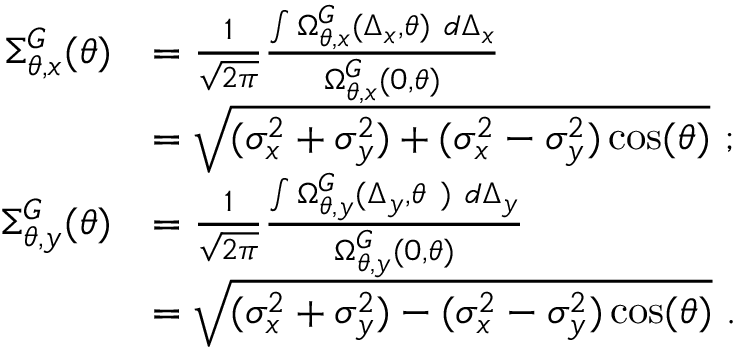
\begin{array} { r l } { \Sigma _ { \theta , x } ^ { G } ( \theta ) } & { = \frac { 1 } { \sqrt { 2 \pi } } \frac { \int \Omega _ { \theta , x } ^ { G } ( \Delta _ { x } , \theta ) \ d \Delta _ { x } } { \Omega _ { \theta , x } ^ { G } ( 0 , \theta ) } } \\ & { = \sqrt { ( \sigma _ { x } ^ { 2 } + \sigma _ { y } ^ { 2 } ) + ( \sigma _ { x } ^ { 2 } - \sigma _ { y } ^ { 2 } ) \cos ( \theta ) } \ ; } \\ { \Sigma _ { \theta , y } ^ { G } ( \theta ) } & { = \frac { 1 } { \sqrt { 2 \pi } } \frac { \int \Omega _ { \theta , y } ^ { G } ( \Delta _ { y } , \theta \ ) \ d \Delta _ { y } } { \Omega _ { \theta , y } ^ { G } ( 0 , \theta ) } } \\ & { = \sqrt { ( \sigma _ { x } ^ { 2 } + \sigma _ { y } ^ { 2 } ) - ( \sigma _ { x } ^ { 2 } - \sigma _ { y } ^ { 2 } ) \cos ( \theta ) } \ . } \end{array}